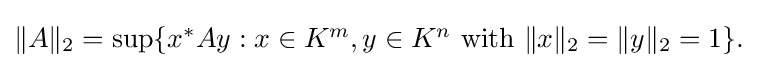
{\textstyle \|A\|_{2}=\sup\{x^{*}Ay:x\in K^{m},y\in K^{n}{\text{ with }}\|x\|_{2}=\|y\|_{2}=1\}.}